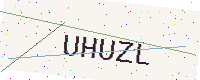
Text: UHUZL